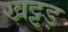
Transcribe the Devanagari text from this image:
खट्टड़